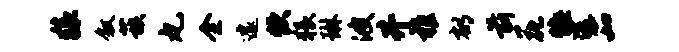
猿叙蔟丸全遽炊猥琳波井稚郁前花悔途茹